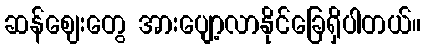
ဆန်ဈေးတွေ အားပျော့လာနိုင်ခြေရှိပါတယ်။